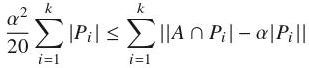
$\frac{\alpha^{2}}{20} \sum_{i=1}^{k}\left|P_{i}\right| \leq \sum_{i=1}^{k}\left|\left|A \cap P_{i}\right|-\alpha\left|P_{i}\right|\right|$